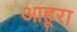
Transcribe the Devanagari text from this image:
आहूरा